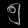
Digit: ၅